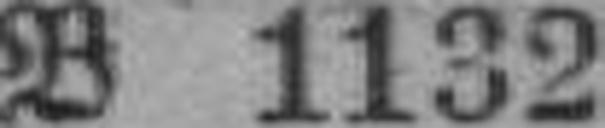
B 1132